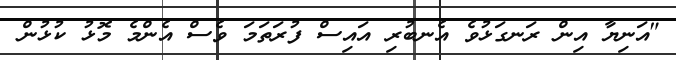
"އަނިޔާ އިން ރަނގަޅުވެ އެނބުރި އައިސް ފުރަތަމަ ވެސް އެންމެ މޮޅު ކުޅުން